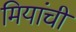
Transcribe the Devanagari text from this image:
मियांची